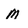
Character: M